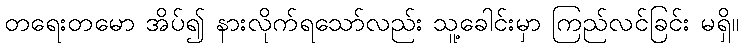
တရေးတမော အိပ်၍ နားလိုက်ရသော်လည်း သူ့ခေါင်းမှာ ကြည်လင်ခြင်း မရှိ။